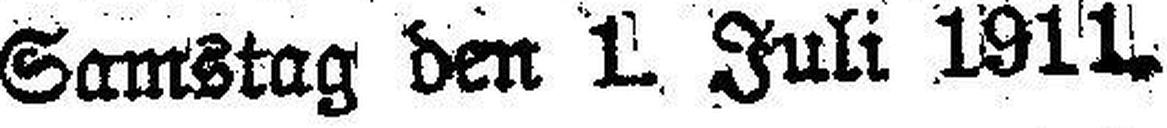
Samstag den 1. Juli 1911.